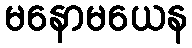
မနောမယေန